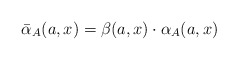
\begin{align*}\bar{\alpha}_A(a, x) = \beta(a, x) \cdot \alpha_{A}(a, x)\end{align*}